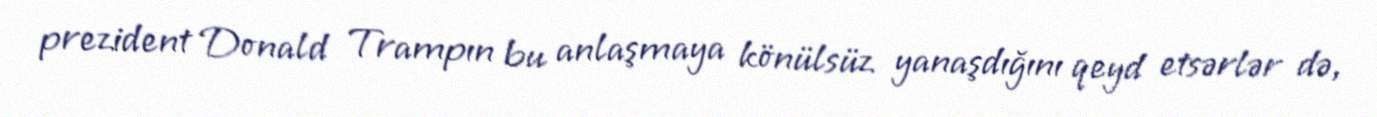
prezident Donald Trampın bu anlaşmaya könülsüz yanaşdığını qeyd etsərlər də,